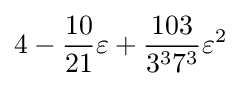
4-{\frac {10}{21}}\varepsilon +{\frac {103}{3^{3}7^{3}}}\varepsilon ^{2}